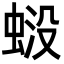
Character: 𧋶